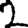
Digit: 2